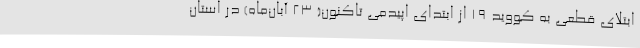
ابتلای قطعی به کووید 19 از ابتدای اپیدمی تاکنون( 23 آبان‌ماه) در استان